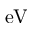
\mathrm { e V }